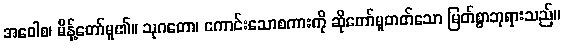
အဝေါစ၊ မိန့်တော်မူ၏။ သုဂတော၊ ကောင်းသောစကားကို ဆိုတော်မူတတ်သော မြတ်စွာဘုရားသည်။